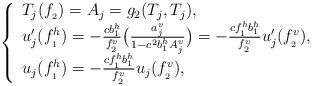
LaTeX: \begin{align*}\left\{ \begin{array}{lll} T_j(f_{_2})=A_j=g_2(T_j,T_j), & \\ u'_j(f_{_1}^h)=-\frac{cb_1^h}{f_{_2}^v}\big(\frac{a_j^v}{1-c^2b_1^hA_j^v}\big)=-\frac{cf_{_1}^hb_1^h}{f_{_2}^v}u'_j(f_{_2}^v) , & \\ u_j(f_{_1}^h)=-\frac{cf_{_1}^hb_1^h}{f_{_2}^v}u_j(f_{_2}^v) , & \end{array}\right.\end{align*}